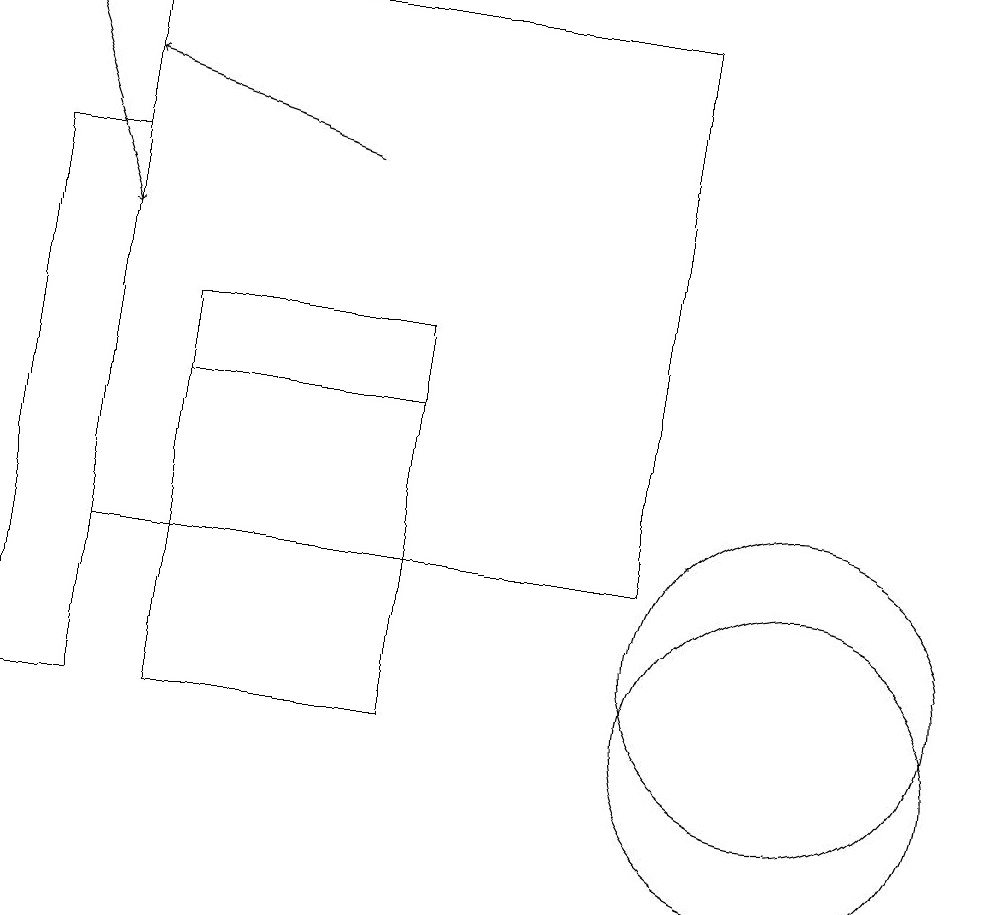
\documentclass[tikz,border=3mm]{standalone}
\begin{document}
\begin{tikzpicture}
\draw (0,17) rectangle (1,10);
\draw (5,10) rectangle (2,14);
\draw[->] (0,19) -- (1,16);
\draw (5,15) rectangle (2,14);
\draw (10,10) circle (2);
\draw[->] (4,17) -- (1,18);
\draw (1,19) rectangle (8,12);
\draw (10,11) circle (2);
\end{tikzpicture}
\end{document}